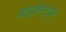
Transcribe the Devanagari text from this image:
बाइजैन्टाइन